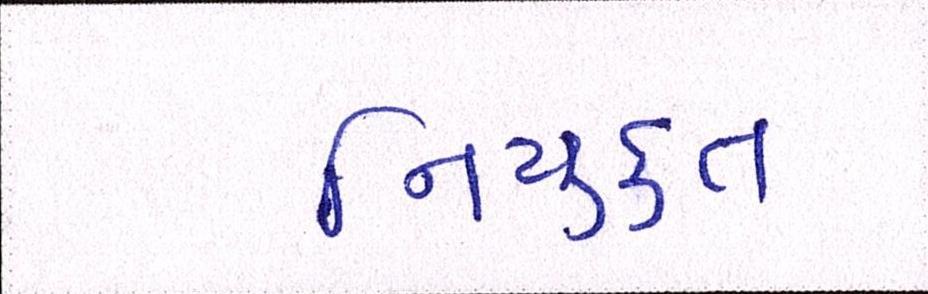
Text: નિયુકત